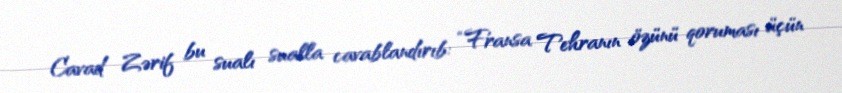
Cavad Zərif bu sualı sualla cavablandırıb: “Fransa Tehranın özünü qoruması üçün